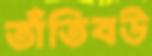
তাঁতিবউ